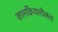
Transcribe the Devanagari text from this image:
कामक्रियाशीलता